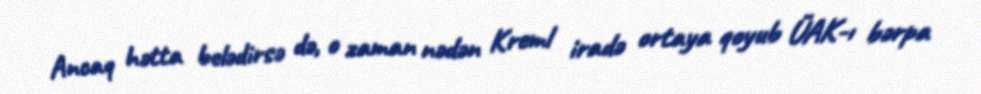
Ancaq hətta belədirsə də, o zaman nədən Kreml iradə ortaya qoyub ÜAK-ı bərpa